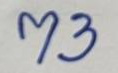
73